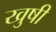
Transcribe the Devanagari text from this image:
खुषी